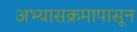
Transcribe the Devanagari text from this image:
अभ्यासक्रमापासून